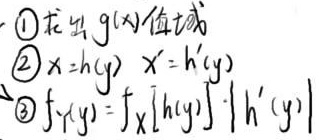
\textcircled{1} 求出 \(g(x)\) 值域
\textcircled{2} \(x = h(y)\)，\(x'=h'(y)\)
\textcircled{3} \(f_{Y}(y)=f_{X}[h(y)]\cdot|h'(y)|\)